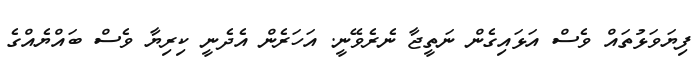
ފިޔަވަޅުތައް ވެސް އަޅައިގެން ނަތީޖާ ނެރެވޭނީ. އަހަރެން އެދެނީ ކިރިޔާ ވެސް ބައްޔެއްގެ